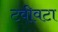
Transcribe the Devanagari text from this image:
टवीवटा